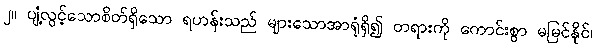
၂။ ပျံ့လွင့်သောစိတ်ရှိသော ရဟန်းသည် များသောအာရုံရှိ၍ တရားကို ကောင်းစွာ မမြင်နိုင်၊